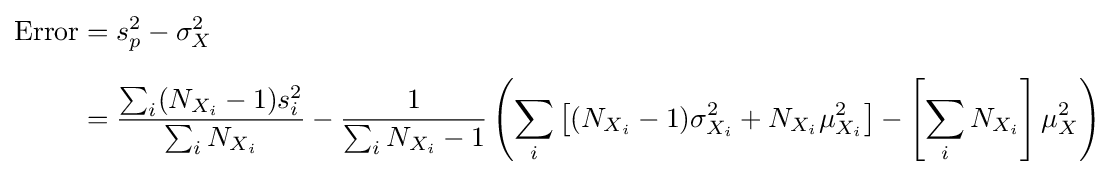
{\begin{aligned}{\text{Error}}&=s_{p}^{2}-\sigma _{X}^{2}\\[6pt]&={\frac {\sum _{i}(N_{X_{i}}-1)s_{i}^{2}}{\sum _{i}N_{X_{i}}}}-{\frac {1}{\sum _{i}N_{X_{i}}-1}}\left(\sum _{i}\left[(N_{X_{i}}-1)\sigma _{X_{i}}^{2}+N_{X_{i}}\mu _{X_{i}}^{2}\right]-\left[\sum _{i}N_{X_{i}}\right]\mu _{X}^{2}\right)\end{aligned}}